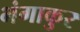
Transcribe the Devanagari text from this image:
भंगाकुर